Document type: Dowry acquittance
Year: 1427
Scribe: Pere Tarafa
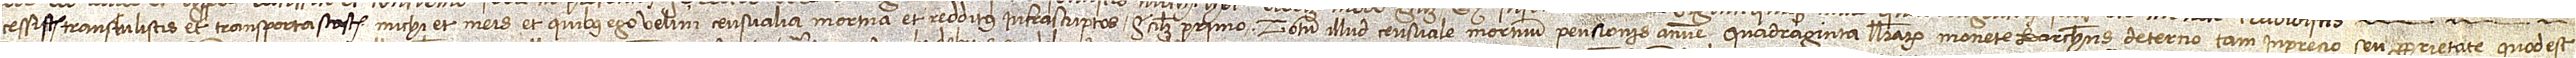
cessistis, transtulistis et transportastis michi et meis et quibus ego velim censualia mortua et redditus infrascriptos, scilicet: primo, totum illud censuale mortuum pensionis annue quadraginta librarum monete barchinonense de terno tam in precio seu proprietate, quod est